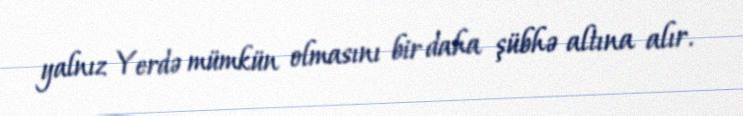
yalnız Yerdə mümkün olmasını bir daha şübhə altına alır.